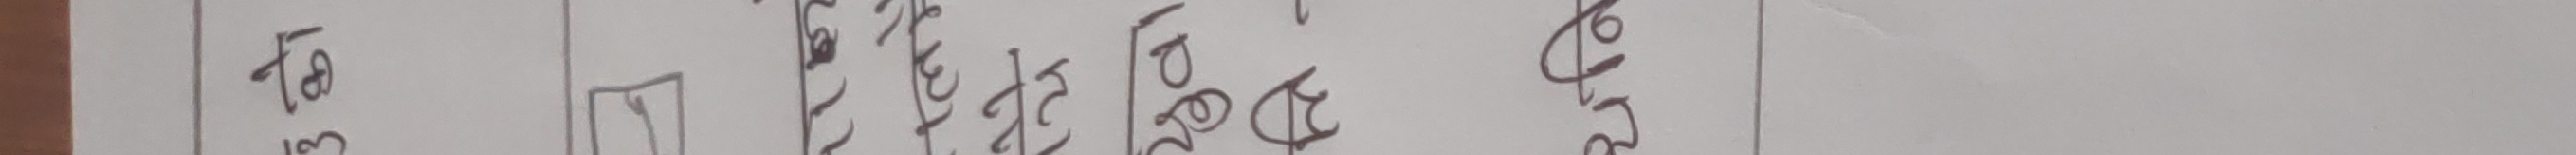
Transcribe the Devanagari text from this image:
लाग्छ।